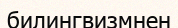
билингвизмнен